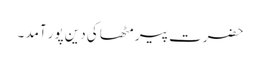
حضرت پیر مٹھا کی دین پور آمد ۔